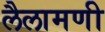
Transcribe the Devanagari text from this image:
लैलामणी